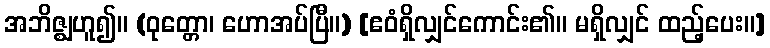
အဘိဇ္ဈဟူ၍။ (ဝုတ္တော၊ ဟောအပ်ပြီ။) [ဧဝံရှိလျှင်ကောင်း၏။ မရှိလျှင် ထည့်ပေး။]